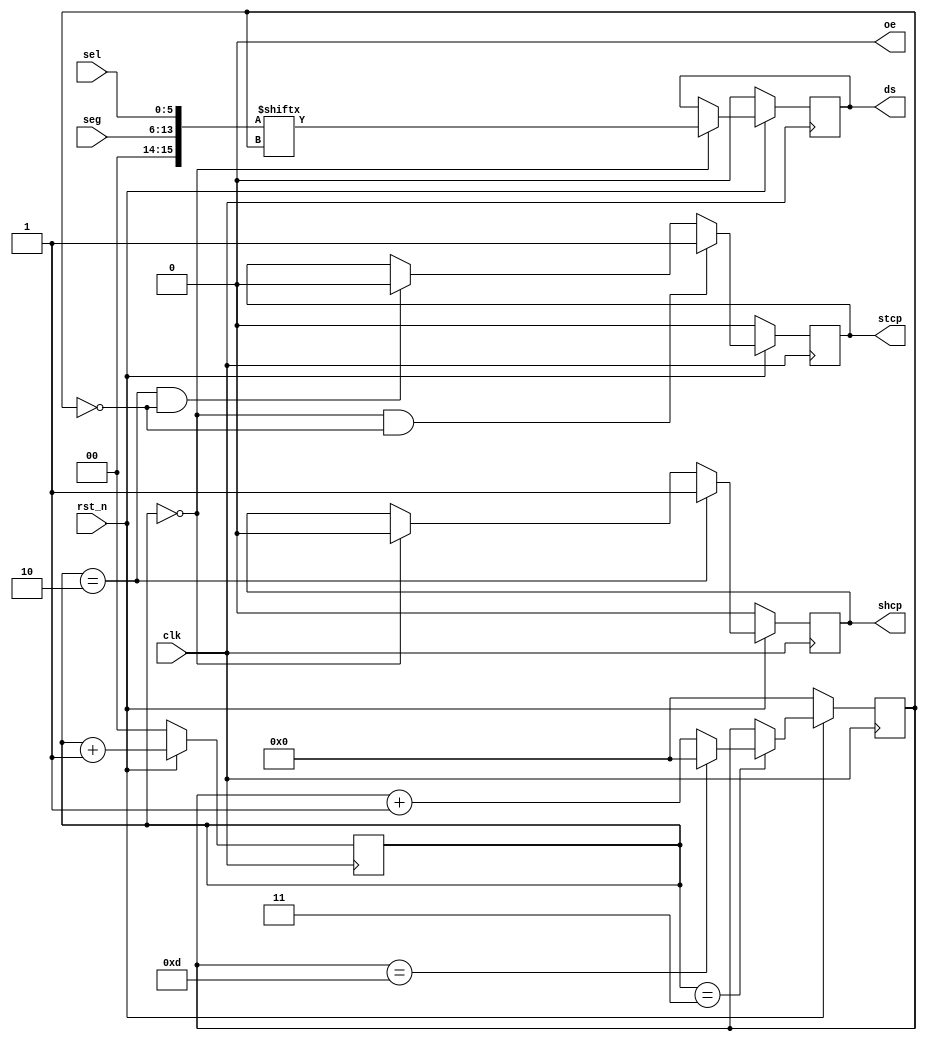
/******************************************************************************

Digital Tube Display 

 a ~ h: 0


       a       

             
 f         b 
             

       g       

             
 e         c 
             
  
       d          h 
  

******************************************************************************/

module digital_tube_display
(
    input clk,
    input rst_n,
    input [7:0] seg, // 
    input [5:0] sel, // 
    output reg shcp, // 
    output reg stcp, // 
    output reg ds, //  74HC595 
    output oe //  =0 
);

    reg [1:0] cnt;
    reg [3:0] cnt_bit;

    wire [15:0] data;

    assign data = {seg[7:0], sel[5:0]};

    always @ (posedge clk) begin
        if (! rst_n) begin
            cnt <= 2'b0;
            cnt_bit <= 4'b0;
            ds <= 1'b0;
            shcp <= 1'b0;
            stcp <= 1'b0;
        end else begin
            cnt <= cnt + 2'h1;

            if (cnt == 2'h3) begin
                if (cnt_bit == 4'hd)
                    cnt_bit <= 4'h0;
                else
                    cnt_bit <= cnt_bit + 4'h1;
            end else
                cnt_bit <= cnt_bit;

            // output ds:
            if (cnt == 2'b0)
                ds <= data[cnt_bit];
            else
                ds <= ds;

            // output shcp:
            if (cnt == 2'h2)
                shcp <= 1'b1;
            else if (cnt == 2'h0)
                shcp <= 1'b0;
            else
                shcp <= shcp;

            // output stcp:
            if (cnt == 2'h0 && cnt_bit == 4'h0)
                stcp <= 1'b1;
            else if (cnt == 2'h2 && cnt_bit == 4'h0)
                stcp <= 1'b0;
            else
                stcp <= stcp;
        end
    end

    assign oe = 1'b0;

endmodule